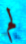
لم